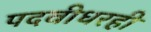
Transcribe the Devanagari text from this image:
पदवीधरही